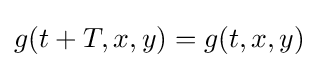
g(t+T,x,y)=g(t,x,y)